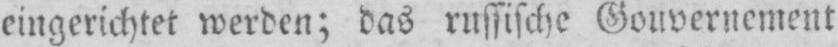
eingerichtet werden; das russische Gouvernement